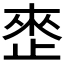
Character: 𰙬